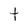
Character: t